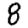
Digit: 8